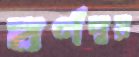
বর্ণদ্বয়